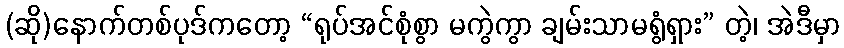
(ဆို)နောက်တစ်ပုဒ်ကတော့ “ရုပ်အင်စုံစွာ မကွဲကွာ ချမ်းသာမရွံရှား” တဲ့၊ အဲဒီမှာ